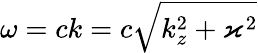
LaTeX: \omega=ck=c\sqrt{k_{z}^{2}+\varkappa^{2}}